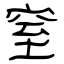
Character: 窒